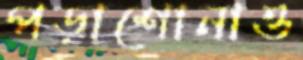
পড়াশোনাও